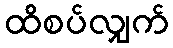
ထိစပ်လျှက်